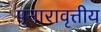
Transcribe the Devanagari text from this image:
पुनारावृत्तीय